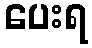
ပေးရ